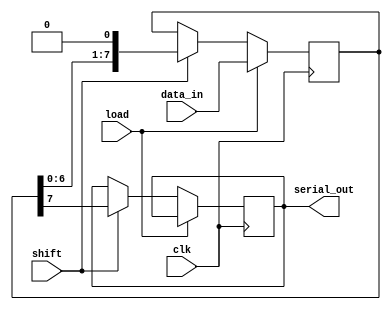
module PISO_Register (
    input wire clk,              // Clock signal
    input wire load,             // Load signal
    input wire shift,            // Shift signal
    input wire [N-1:0] data_in,  // Parallel input data
    output reg serial_out        // Serial output data
);
    parameter N = 8;             // Number of bits in the register
    reg [N-1:0] shift_reg;       // Shift register to hold the data

    always @(posedge clk) begin
        if (load) begin
            // Load the parallel data into the shift register
            shift_reg <= data_in;
        end
        else if (shift) begin
            // Shift the data out serially
            serial_out <= shift_reg[N-1]; // Output the MSB
            // Shift the register to the right
            shift_reg <= {shift_reg[N-2:0], 1'b0}; // Shift right
        end
    end

endmodule